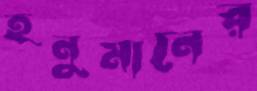
হনুমানের